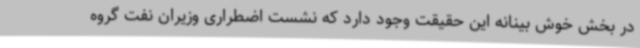
در بخش خوش بینانه این حقیقت وجود دارد که نشست اضطراری وزیران نفت گروه